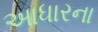
આધારના